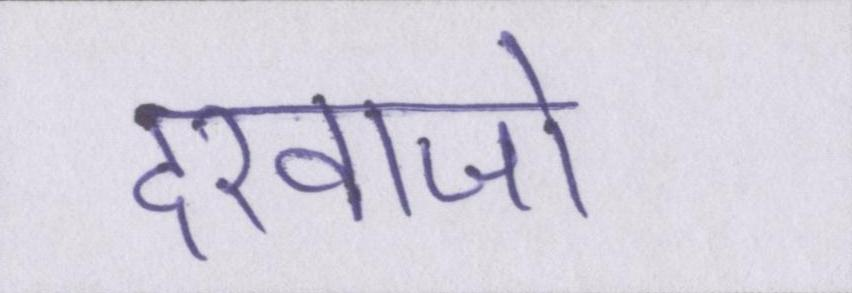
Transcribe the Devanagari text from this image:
दरवाजो